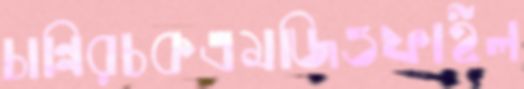
চান্নিরচকএমজিওফাইল